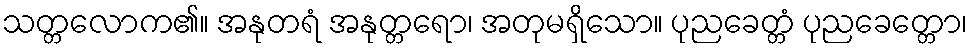
သတ္တလောက၏။ အနုတရံ အနုတ္တရော၊ အတုမရှိသော။ ပုညခေတ္တံ ပုညခေတ္တော၊